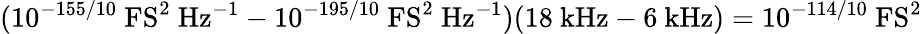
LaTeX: (10^{-155/10}~\mathrm{FS^{2}~Hz^{-1}}-10^{-195/10}~\mathrm{FS^{2}~Hz^{-1}})(18~\mathrm{kHz}-6~\mathrm{kHz})=10^{-114/10}~\mathrm{FS^{2}}